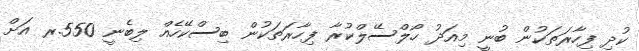
ކުދި ފިހާރަތަކުން ބުނީ މިއަދު ހޯލްސޭލްކުރާ ފިހާރަތަކުން ބިސްކޭހެއް ލިބެނީ 550.ރ އަށް